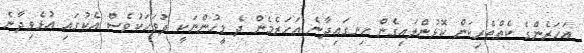
އަހަރެންގެ ކެތްތެރިކަން ކޮޅުންލައިގެން ހިނގައިދާނެ އަހަރެމެން ދެ މީހުންނަކީ ދުވަހަކުވެސް އެކުގައި އުޅެވިދާނެ